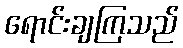
ရောင်းချကြသည်